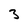
Character: 3